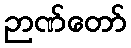
ဉာဏ်တော်